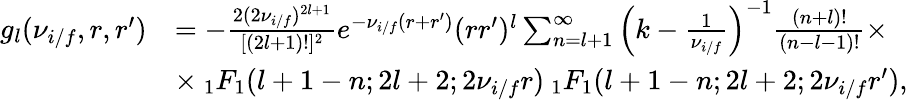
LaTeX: \begin{array}{rl}{g_{l}(\nu_{i/f},r,r^{\prime})}&{=-\frac{2(2\nu_{i/f})^{2l+1}}{[(2l+1)!]^{2}}e^{-\nu_{i/f}(r+r^{\prime})}(rr^{\prime})^{l}\sum_{n=l+1}^{\infty}\Big(k-\frac{1}{\nu_{i/f}}\Big)^{-1}\frac{(n+l)!}{(n-l-1)!}\times}\\ &{\times\: _{1}F_{1}(l+1-n;2l+2;2\nu_{i/f}r)\: _{1}F_{1}(l+1-n;2l+2;2\nu_{i/f}r^{\prime}),}\end{array}